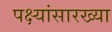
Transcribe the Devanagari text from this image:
पक्ष्यांसारख्या